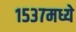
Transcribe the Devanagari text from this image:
१५३७मध्ये